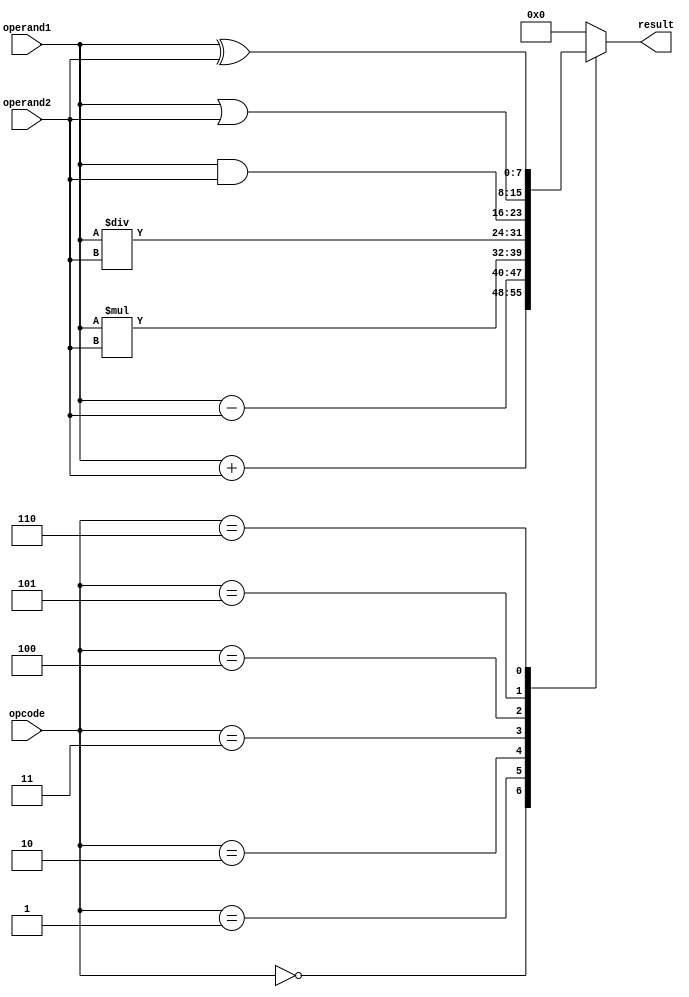
module ALU (
    input wire [7:0] operand1,
    input wire [7:0] operand2,
    input wire [2:0] opcode,
    output reg [7:0] result
);

always @(operand1, operand2, opcode) begin
    case (opcode)
        3'b000: result = operand1 + operand2; // Addition operation
        3'b001: result = operand1 - operand2; // Subtraction operation
        3'b010: result = operand1 * operand2; // Multiplication operation
        3'b011: result = operand1 / operand2; // Division operation
        3'b100: result = operand1 & operand2; // Bitwise AND operation
        3'b101: result = operand1 | operand2; // Bitwise OR operation
        3'b110: result = operand1 ^ operand2; // Bitwise XOR operation
        default: result = 8'h00; // Default case
    endcase
end

endmodule